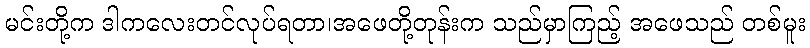
မင်းတို့က ဒါကလေးတင်လုပ်ရတာ၊အဖေတို့တုန်းက သည်မှာကြည့် အဖေသည် တစ်မူး